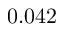
0 . 0 4 2